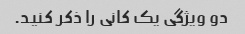
دو ویژگی یک کانی را ذکر کنید.